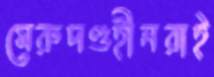
মেরুদণ্ডহীনরাই